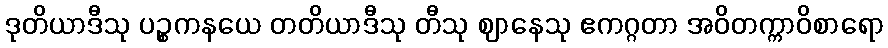
ဒုတိယာဒီသု ပဉ္စကနယေ တတိယာဒီသု တီသု ဈာနေသု ဧကဂ္ဂတာ အဝိတက္ကာဝိစာရော